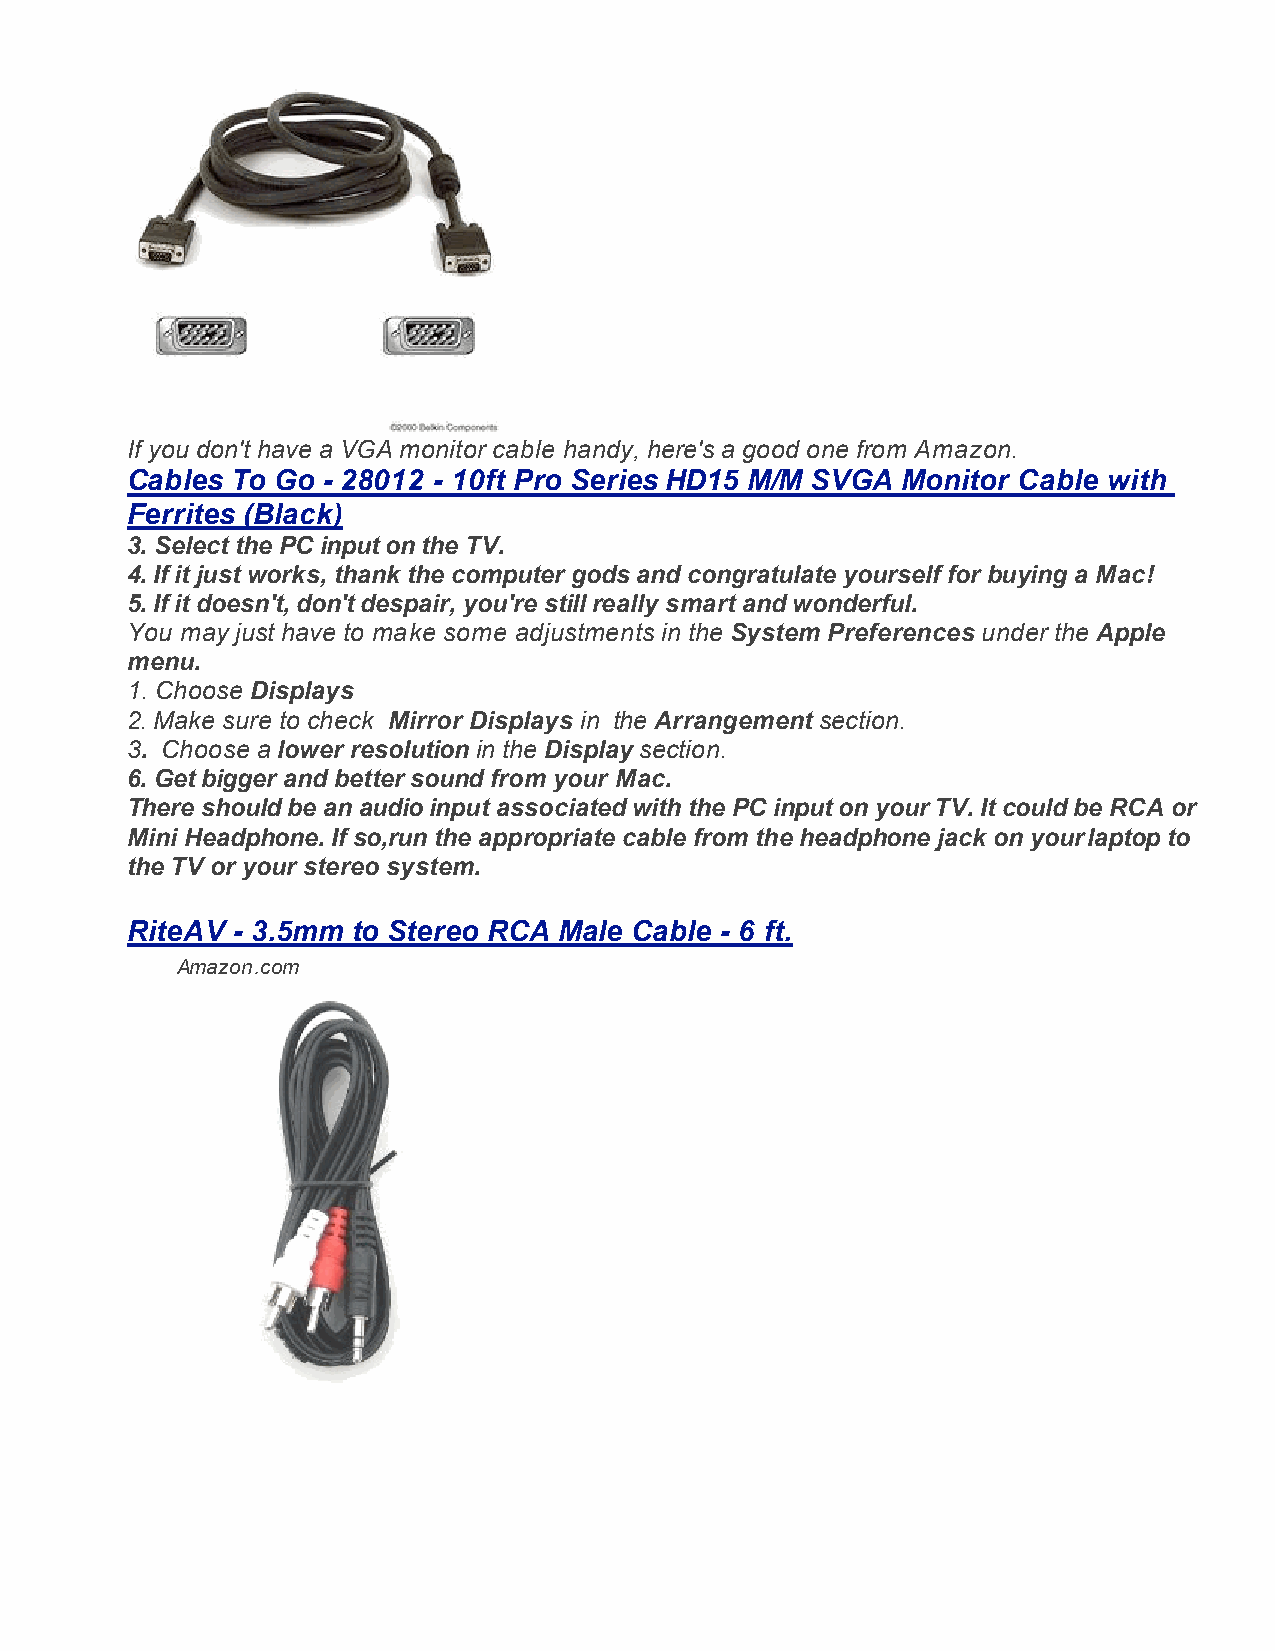
If you don't have a VGA monitor cable handy, here's a good one from Amazon.
 Cables To Go - 28012 - 10ft Pro Series HD15 M/M SVGA Monitor Cable with
 Ferrites (Black)
 3. Select the PC input on the TV.
 4. If it just works, thank the computer gods and congratulate yourself for buying a Mac!
 5. If it doesn't, don't despair, you're still really smart and wonderful.
 You may just have to make some adjustments in the System Preferences under the Apple
 menu.
 1. Choose Displays
 2. Make sure to check Mirror Displays in the Arrangement section.
 3. Choose a lower resolution in the Display section.
 6. Get bigger and better sound from your Mac.
 There should be an audio input associated with the PC input on your TV. It could be RCA or
 Mini Headphone. If so,run the appropriate cable from the headphone jack on your laptop to
 the TV or your stereo system.
 RiteAV - 3.5mm to Stereo RCA Male Cable - 6 ft.
 Amazon.com